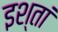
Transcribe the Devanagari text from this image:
इश्तां